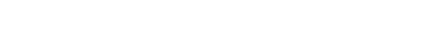
အိမ်သာထဲ ဝင်ပြီးလျှင် တံခါးကို စေ့ရုံသာ စေ့ထားလိုက်၊ ဘယ်သူမျှ လာဖွင့်လိမ့်မည်